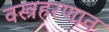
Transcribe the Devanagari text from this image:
वस्त्रहरणात